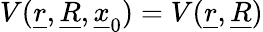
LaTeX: V(\underline{{r}},\underline{{R}},\underline{{x}}_{0})=V(\underline{{r}},\underline{{R}})